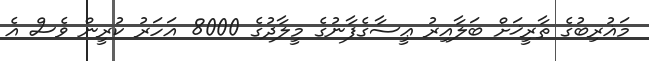
މަޣުރިބުގެ ތާރީޚަށް ބަލާއިރު ޢީސާގެފާނުގެ މީލާދުގެ 8000 އަހަރު ކުރީން ވެސް އެ